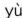
yù